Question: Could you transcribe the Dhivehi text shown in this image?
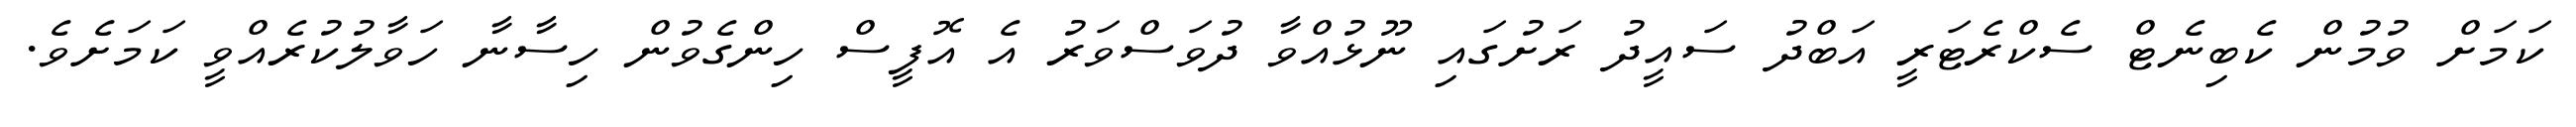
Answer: ކަމަށް ވުމުން ކެބިނެޓް ސެކްރެޓަރީ އަބްދު ސައީދު ރަށުގައި ނޫޅުއްވާ ދުވަސްވަރު އެ އޮފީސް ހިންގެވުން ހިސާނާ ހަވާލުކުރެއްވީ ކަމަށެވެ.